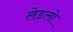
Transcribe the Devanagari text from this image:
लेडलो